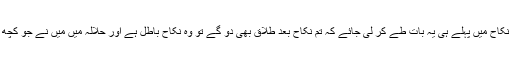
تو میں تو یہی سمجھا ہوں کہ جس نکاح میں پہلے ہی یہ بات طے کر لی جائے کہ تم نکاح بعد طلاق بھی دو گے تو وہ نکاح باطل ہے اور حلالہ میں میں نے جو کچھ پڑھا اور سنا ہے وہ یہی کچھ ہے۔